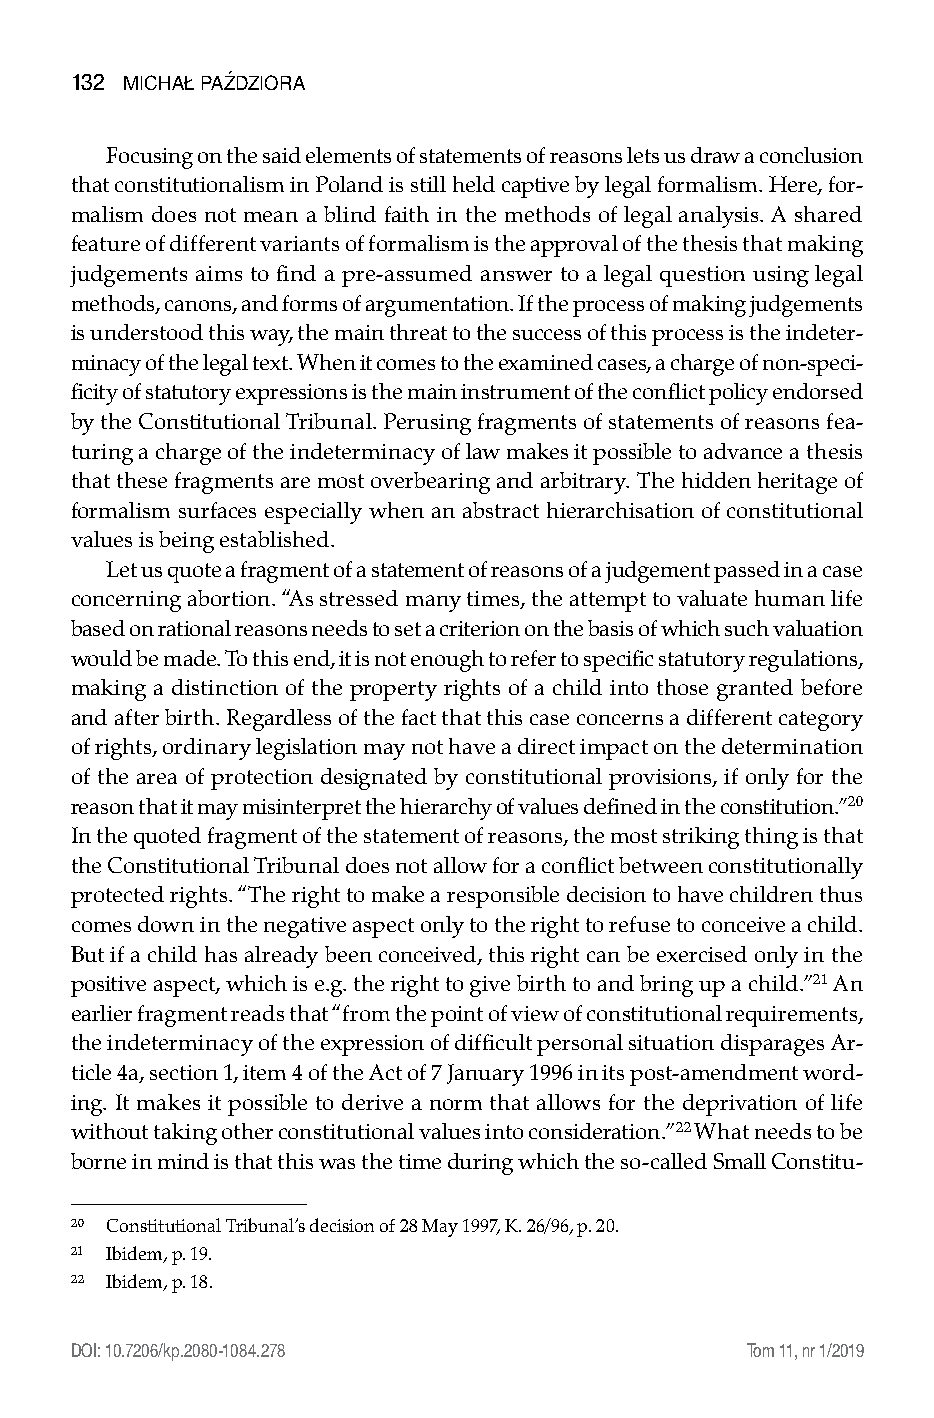
132 Michał Paździora
 Focusing on the said elements of statements of reasons lets us draw a conclusion
 that constitutionalism in Poland is still held captive by legal formalism. Here, for-
 malism does not mean a blind faith in the methods of legal analysis. A shared
 feature of different variants of formalism is the approval of the thesis that making
 judgements aims to find a pre-assumed answer to a legal question using legal
 methods, canons, and forms of argumentation. If the process of making judgements
 is understood this way, the main threat to the success of this process is the indeter-
 minacy of the legal text. When it comes to the examined cases, a charge of non-speci-
 ficity of statutory expressions is the main instrument of the conflict policy endorsed
 by the Constitutional Tribunal. Perusing fragments of statements of reasons fea-
 turing a charge of the indeterminacy of law makes it possible to advance a thesis
 that these fragments are most overbearing and arbitrary. The hidden heritage of
 formalism surfaces especially when an abstract hierarchisation of constitutional
 values is being established.
 Let us quote a fragment of a statement of reasons of a judgement passed in a case
 concerning abortion. “As stressed many times, the attempt to valuate human life
 based on rational reasons needs to set a criterion on the basis of which such valuation
 would be made. To this end, it is not enough to refer to specific statutory regulations,
 making a distinction of the property rights of a child into those granted before
 and after birth. Regardless of the fact that this case concerns a different category
 of rights, ordinary legislation may not have a direct impact on the determination
 of the area of protection designated by constitutional provisions, if only for the
 reason that it may misinterpret the hierarchy of values defined in the constitution.”20
 In the quoted fragment of the statement of reasons, the most striking thing is that
 the Constitutional Tribunal does not allow for a conflict between constitutionally
 protected rights. “The right to make a responsible decision to have children thus
 comes down in the negative aspect only to the right to refuse to conceive a child.
 But if a child has already been conceived, this right can be exercised only in the
 positive aspect, which is e.g. the right to give birth to and bring up a child.”21 An
 earlier fragment reads that “from the point of view of constitutional requirements,
 the indeterminacy of the expression of difficult personal situation disparages Ar-
 ticle 4a, section 1, item 4 of the Act of 7 January 1996 in its post-amendment word-
 ing. It makes it possible to derive a norm that allows for the deprivation of life
 without taking other constitutional values into consideration.”22 What needs to be
 borne in mind is that this was the time during which the so-called Small Constitu-
 20 Constitutional Tribunal’s decision of 28 May 1997, K. 26/96, p. 20.
 21 Ibidem, p. 19.
 22 Ibidem, p. 18.
 DOI: 10.7206/kp.2080-1084.278                Tom 11, nr 1/2019